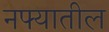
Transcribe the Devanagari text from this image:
नफ्यातील